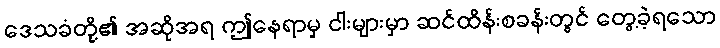
ဒေသခံတို့၏ အဆိုအရ ဤနေရာမှ ငါးများမှာ ဆင်ထိန်းစခန်းတွင် တွေ့ခဲ့ရသော